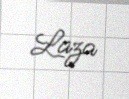
Laza